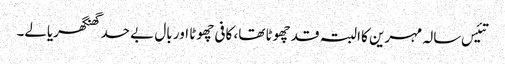
تئیس سالہ مہرین کا البتہ قد چھوٹا تھا، کافی چھوٹا اور بال بے حد گھنگھریالے۔